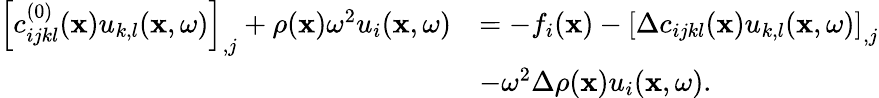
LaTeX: \begin{array}{rl}{\left[c_{ijkl}^{(0)}({\mathbf x})u_{k,l}({\mathbf x,\omega})\right]_{,j}+\rho({\mathbf x})\omega^{2}u_{i}({\mathbf x,\omega})}&{=-f_{i}({\mathbf x})-\left[\Delta c_{ijkl}({\mathbf x})u_{k,l}({\mathbf x,\omega})\right]_{,j}}\\ &{-\omega^{2}\Delta\rho({\mathbf x})u_{i}({\mathbf x,\omega}).}\end{array}